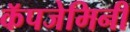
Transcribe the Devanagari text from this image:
कॅपजेमिनी